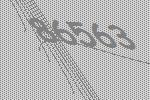
86563